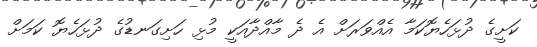
ކަށީގެ ދުޅަހެޔޮކަމާ އެއްވަރަށް އެ ދެ މާއްދާއަކީ މުޅި ހަށިގަނޑުގެ ދުޅަހެޔޮ ކަމަށް